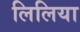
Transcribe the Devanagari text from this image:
लिलिया